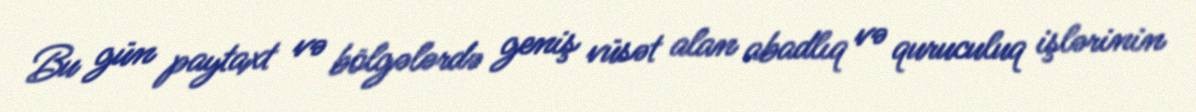
Bu gün paytaxt və bölgələrdə geniş vüsət alan abadlıq və quruculuq işlərinin